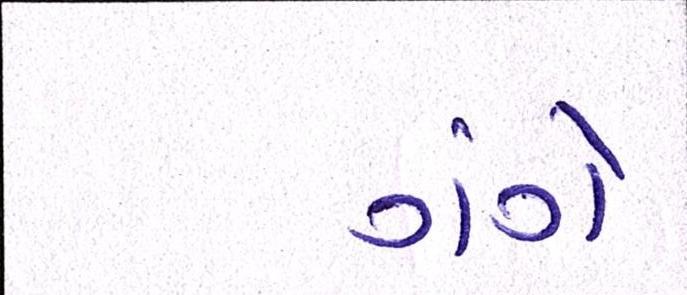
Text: ગંગે